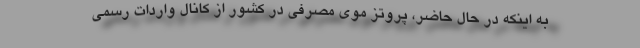
به اینکه در حال حاضر، پروتز موی مصرفی در کشور از کانال واردات رسمی